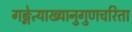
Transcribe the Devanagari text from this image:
गङ्गेत्याख्यानुगुणचरिता